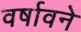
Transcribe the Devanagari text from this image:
वर्षावने